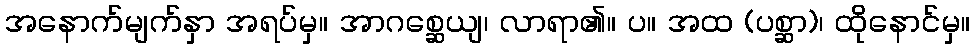
အနောက်မျက်နှာ အရပ်မှ။ အာဂစ္ဆေယျ၊ လာရာ၏။ ပ။ အထ (ပစ္ဆာ)၊ ထိုနောင်မှ။